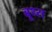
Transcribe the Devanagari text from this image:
बूथ्स